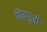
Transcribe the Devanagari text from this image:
शिवपूजी